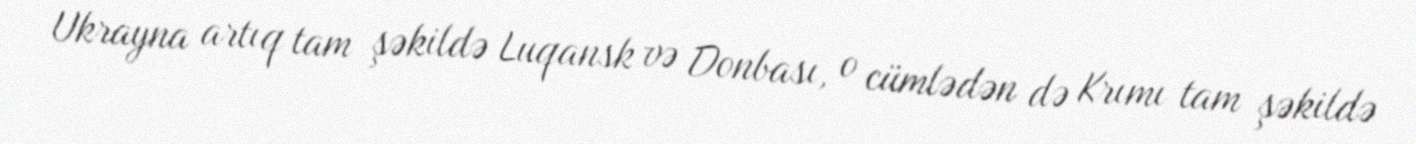
Ukrayna artıq tam şəkildə Luqansk və Donbası, o cümlədən də Krımı tam şəkildə